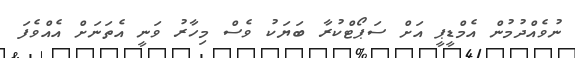
ނުވެއްދުމުން އެމްޑީޕީ އަށް ސަޕޯޓްކުރާ ބަޔަކު ވެސް މިހާރު ވަނީ އެތަނަށް އެއްވެފަ